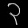
Digit: ၃